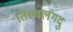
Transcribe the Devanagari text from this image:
तिरुवलंगदु